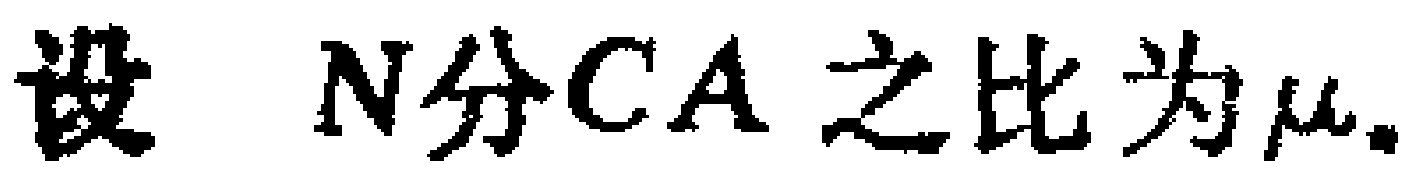
设 \(N分CA\) 之比为\(\mu\).